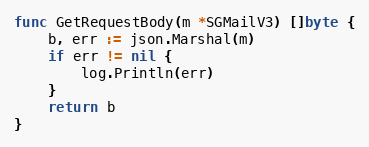
Language: Go
func GetRequestBody(m *SGMailV3) []byte {
	b, err := json.Marshal(m)
	if err != nil {
		log.Println(err)
	}
	return b
}